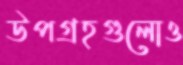
উপগ্রহগুলোও